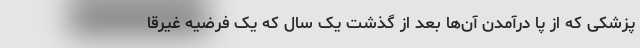
پزشکی که از پا درآمدن آن‌ها بعد از گذشت یک سال که یک فرضیه‌ غیرقا